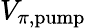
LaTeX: V_{\pi,\mathrm{{pump}}}